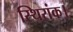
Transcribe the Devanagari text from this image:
स्थिरांक।